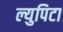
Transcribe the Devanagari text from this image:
ल्युपिटा